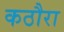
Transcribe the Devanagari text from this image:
कठौरा